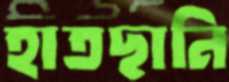
হাতছানি